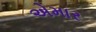
એમાર